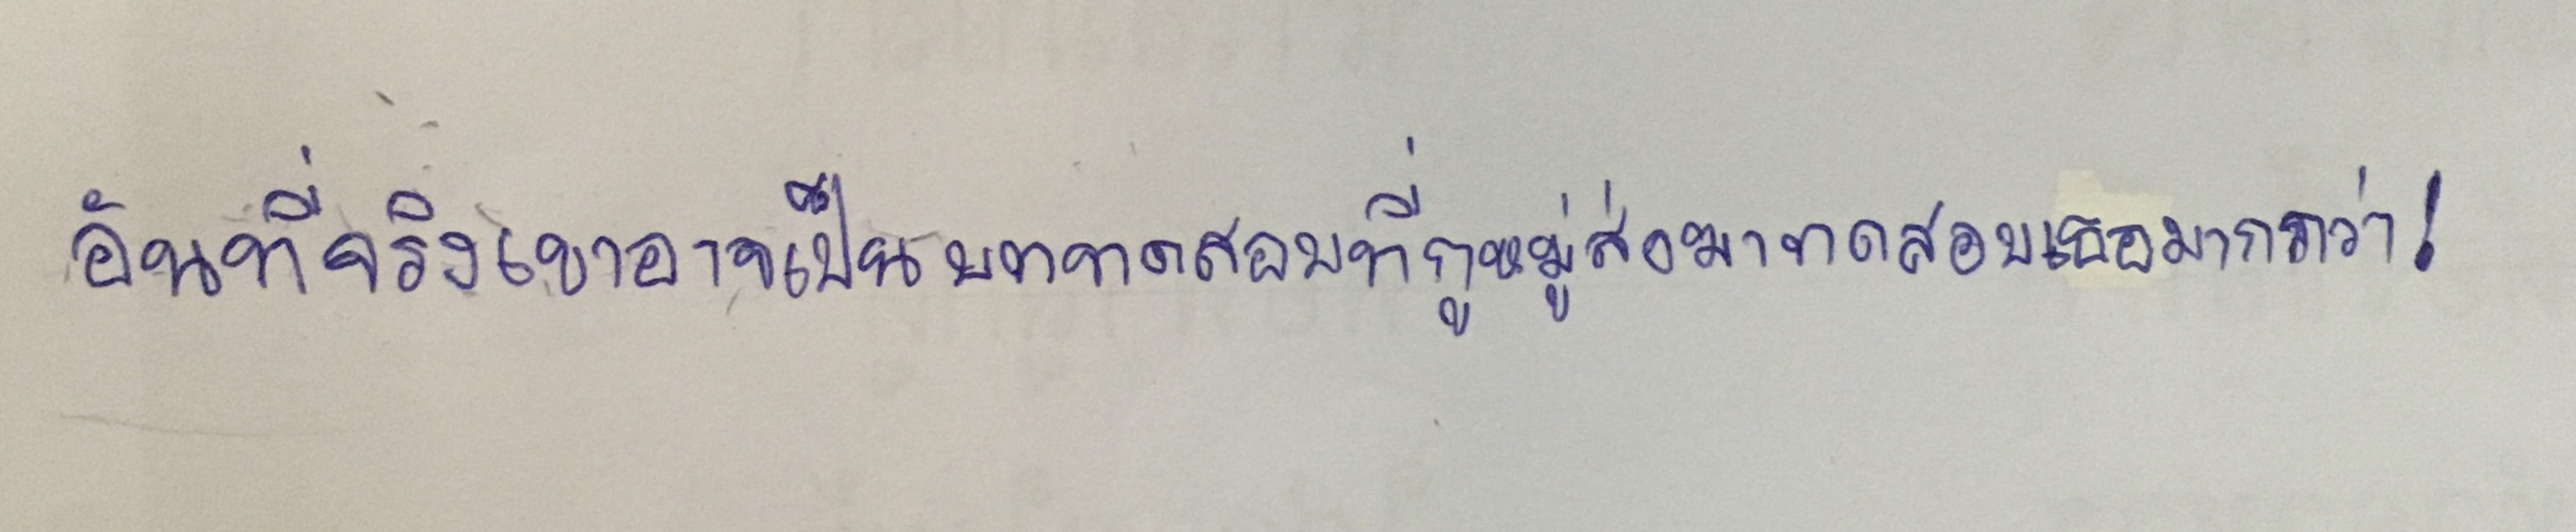
อันที่จริงเขาอาจเป็นบททดสอบที่กูหมู่ส่งมาทดสอบเธอมากกว่า!